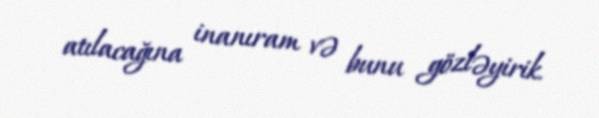
atılacağına inanıram və bunu gözləyirik.